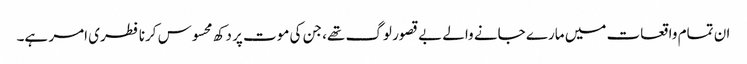
ان تمام واقعات میں مارے جانے والے بے قصور لوگ تھے، جن کی موت پر دکھ محسوس کرنا فطری امر ہے۔